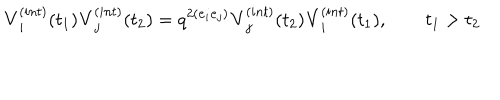
{ \bf V } _ { i } ^ { ( i n t ) } ( t _ { 1 } ) { \bf V } _ { j } ^ { ( i n t ) } ( t _ { 2 } ) = q ^ { 2 ( { \bf e } _ { i } { \bf e } _ { j } ) } { \bf V } _ { j } ^ { ( i n t ) } ( t _ { 2 } ) { \bf V } _ { i } ^ { ( i n t ) } ( t _ { 1 } ) , \qquad t _ { 1 } > t _ { 2 }